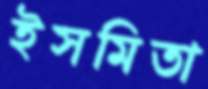
ইসমিতা